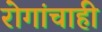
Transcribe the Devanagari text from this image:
रोगांचाही